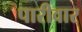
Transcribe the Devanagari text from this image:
पारीवार